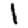
Digit: 1